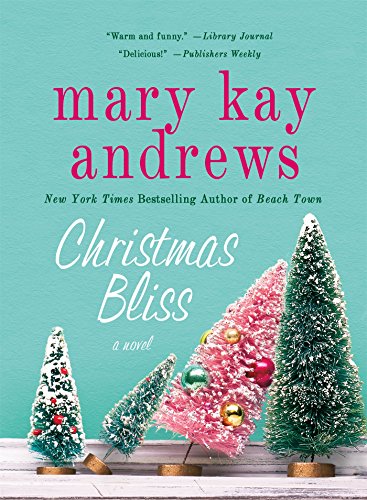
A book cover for Christmas Bliss: A Novel; Mary Kay Andrews; Literature & Fiction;